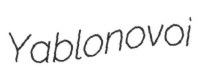
Yablonovoi